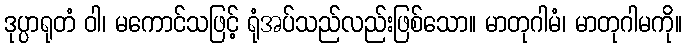
ဒုပ္ပာရုတံ ဝါ၊ မကောင်သဖြင့် ရုံအပ်သည်လည်းဖြစ်သော။ မာတုဂါမံ၊ မာတုဂါမကို။